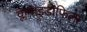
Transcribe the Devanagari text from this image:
क्लैमाइडोफिला